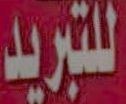
للتبريد